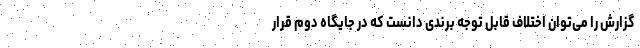
گزارش را می‌توان اختلاف قابل توجه برندی دانست که در جایگاه دوم قرار